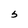
Character: S